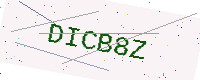
Text: DICB8Z